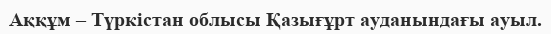
Аққұм – Түркістан облысы Қазығұрт ауданындағы ауыл.